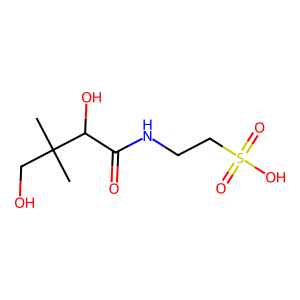
SMILES: CC(C)(CO)C(O)C(=O)NCCS(=O)(=O)O
Inhibits HIV replication: No